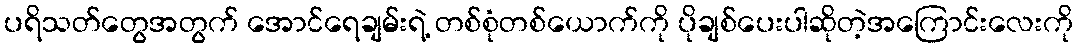
ပရိသတ်တွေအတွက် အောင်ရေချမ်းရဲ့ တစ်စုံတစ်ယောက်ကို ပိုချစ်ပေးပါဆိုတဲ့အကြောင်းလေးကို